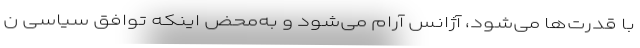
با قدرت‌ها می‌شود، آژانس آرام می‌شود و به‌محض اینکه توافق سیاسی ن